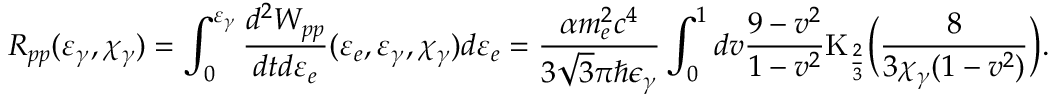
R _ { p p } ( \varepsilon _ { \gamma } , \chi _ { \gamma } ) = \int _ { 0 } ^ { \varepsilon _ { \gamma } } { \frac { d ^ { 2 } W _ { p p } } { d t d \varepsilon _ { e } } ( \varepsilon _ { e } , \varepsilon _ { \gamma } , \chi _ { \gamma } ) d \varepsilon _ { e } } = \frac { \alpha m _ { e } ^ { 2 } c ^ { 4 } } { 3 \sqrt { 3 } \pi \hbar \epsilon _ { \gamma } } \int _ { 0 } ^ { 1 } { d v \frac { 9 - v ^ { 2 } } { 1 - v ^ { 2 } } \mathrm { K } _ { \frac { 2 } { 3 } } \biggl ( \frac { 8 } { 3 \chi _ { \gamma } ( 1 - v ^ { 2 } ) } \biggr ) } .